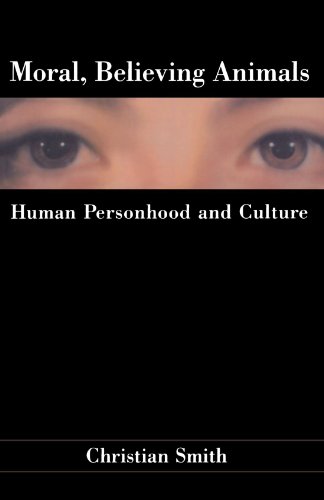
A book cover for Moral, Believing Animals: Human Personhood and Culture; Christian Smith; Religion & Spirituality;